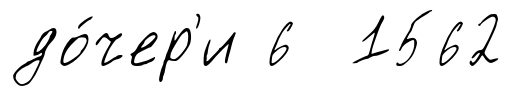
до́чер'и 6 1562